Annual administration report of the Civil Veterinary Department of India - 1898-1899
Year: 1898
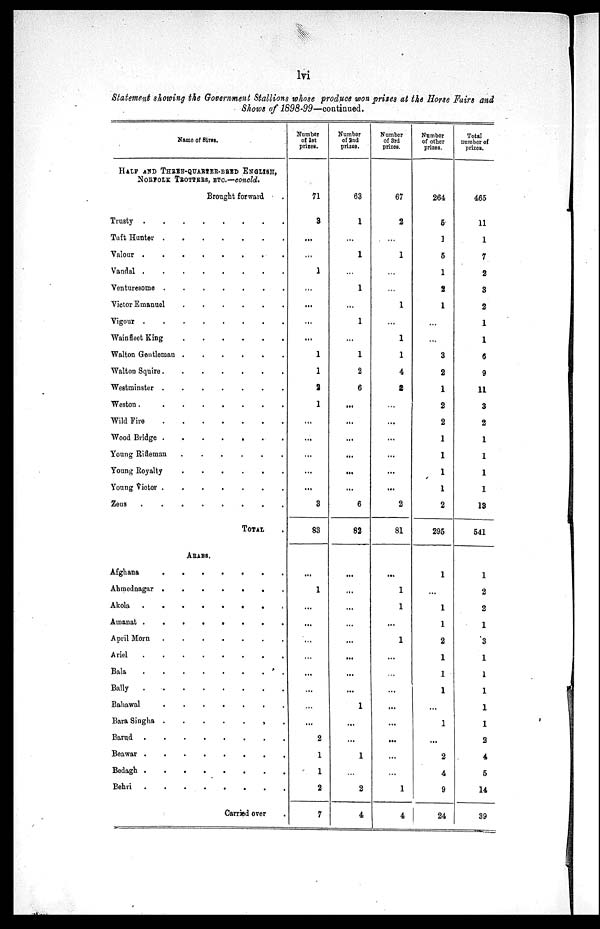
lvi
Statement showing the Government Stallions whose produce won prizes at the Horse Fairs and
Shows of 1898-99—continued.
Name of Sires.
HALF AND THREE-QUARTER-BRED ENGLISH,
NORFOLK TROTTERS, ETC.—concld.
Brought forward .
Trusty
.
.
.
.
.
.
.
.
Tuft Hunter . . . . . . . .
Valour
.
.
.
.
.
.
.
.
Vandal
.
.
.
.
.
.
.
.
Venturesome
.
.
.
.
.
.
.
.
Victor Emanuel
.
.
.
.
.
.
.
.
Vigour
.
.
.
.
.
.
.
.
Wain fleet King
.
.
.
.
.
.
.
.
Walton Gentleman
.
.
.
.
.
.
.
.
Walton Squire
.
.
.
.
.
.
.
.
Westminster
.
.
.
.
.
.
.
.
Weston
.
.
.
.
.
.
.
.
Wild Fire
.
.
.
.
.
.
.
.
Wood Bridge
.
.
.
.
.
.
.
.
Young
Rifleman
.
.
.
.
.
.
.
.
Young
Royalty
.
.
.
.
.
.
.
.
Young Victor
.
.
.
.
.
.
.
.
Zeus
.
.
.
.
.
.
.
.
TOTAL .
ARAES.
Afghana
.
.
.
.
.
.
.
.
Ahmednagar
.
.
.
.
.
.
.
.
Akola
.
.
.
.
.
.
.
.
Amanat
.
.
.
.
.
.
.
.
April Morn
.
.
.
.
.
.
.
.
Ariel
.
.
.
.
.
.
.
.
Bala
.
.
.
.
.
.
.
.
Bally
.
.
.
.
.
.
.
.
Bahawal
.
.
.
.
.
.
.
.
Bara Singha
.
.
.
.
.
.
.
.
Barud
.
.
.
.
.
.
.
.
Beawar
.
.
.
.
.
.
.
.
Bedagh
.
.
.
.
.
.
.
.
Behri
.
.
.
.
.
.
.
.
Carried over .
Number
of 1st
prizes.
71
3
...
...
1
...
...
...
...
1
1
2
1
...
...
...
...
...
3
83
...
1
...
...
...
...
...
...
...
...
2
1
1
2
7
Number
of 2nd
prizes.
63
1
...
1
...
1
...
1
...
1
2
6
...
...
...
...
...
...
6
82
...
...
...
...
...
...
...
...
1
...
...
1
...
2
4
Number
of 3rd
prizes.
67
2
...
1
...
...
1
...
1
1
4
2
...
...
...
...
...
...
2
81
...
1
1
...
1
...
...
...
...
...
...
...
...
1
4
Number
of other
prizes.
264
5
1
5
1
2
1
...
...
3
2
1
2
2
1
1
1
1
2
295
1
...
1
1
2
1
1
1
...
1
...
2
4
9
24
Total
number of
prizes.
465
11
1
7
2
3
2
1
1
6
9
11
3
2
1
1
1
1
13
541
1
2
2
1
3
1
1
1
1
1
2
4
5
14
39